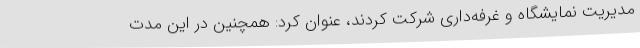
مدیریت نمایشگاه و غرفه‌داری شرکت کردند، عنوان کرد: همچنین در این مدت